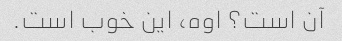
آن است؟ اوه، این خوب است.